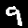
Label: 9